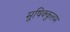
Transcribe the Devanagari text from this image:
मूषिक्कुलम